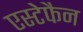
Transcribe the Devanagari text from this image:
एस्टेफैन